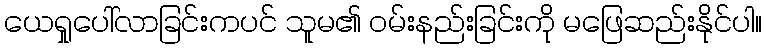
ယေရှုပေါ်လာခြင်းကပင် သူမ၏ ဝမ်းနည်းခြင်းကို မဖြေဆည်းနိုင်ပါ။